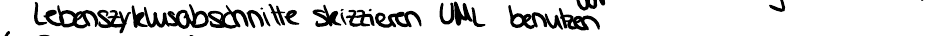
Lebenszyklusabschnitte skizzieren UML benutzen